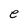
Character: e